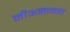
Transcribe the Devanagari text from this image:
मीअज्ञानांत